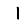
Digit: 1